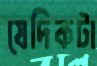
যেদিকটা